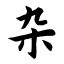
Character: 杂